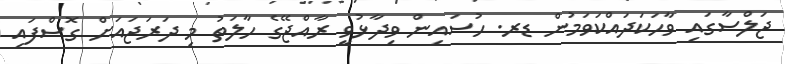
ޖަލްސާގައި ވާހަކަދައްކަވަމުން ޑރ. ހުސައިން ވިދާޅުވީ ރާއްޖޭގެ ހާލަތު މި ދަރަޖައަށް ގޮސްފައި